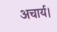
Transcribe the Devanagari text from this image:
अचार्य।